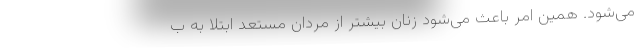
می‌شود. همین امر باعث می‌شود زنان بیشتر از مردان مستعد ابتلا به ب